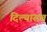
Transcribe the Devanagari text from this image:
दिल्यासच